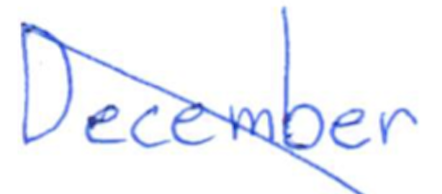
Text: December
Cross-out: mix
Writing tool: ballpoint